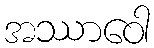
အဿာဝေါ